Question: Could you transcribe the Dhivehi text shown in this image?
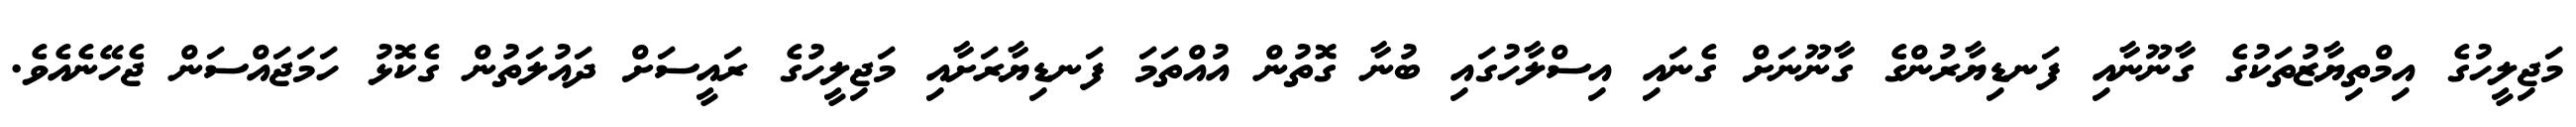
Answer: މަޖިލީހުގެ އިމްތިޔާޒުތަކުގެ ގާނޫނާއި ފަނޑިޔާރުންގެ ގާނޫނަށް ގެނައި އިސްލާހުގައި ބުނާ ގޮތުން އުއްތަމަ ފަނޑިޔާރަށާއި މަޖިލީހުގެ ރައީސަށް ދައުލަތުން ގެކޮޅު ހަމަޖައްސަން ޖެހޭނެއެވެ.